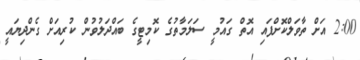
2:00 އަށް ތާވަލްކޮށްފައި އޮތް ގައުމީ ސަލަމާތުގެ ކޮމިޓީގެ ބައްދަލުވުން ކުރިއަށް ގެންދިޔައީ